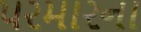
પરમારના